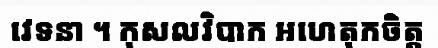
វេទនា ។ កុសលវិបាក អហេតុកចិត្ត